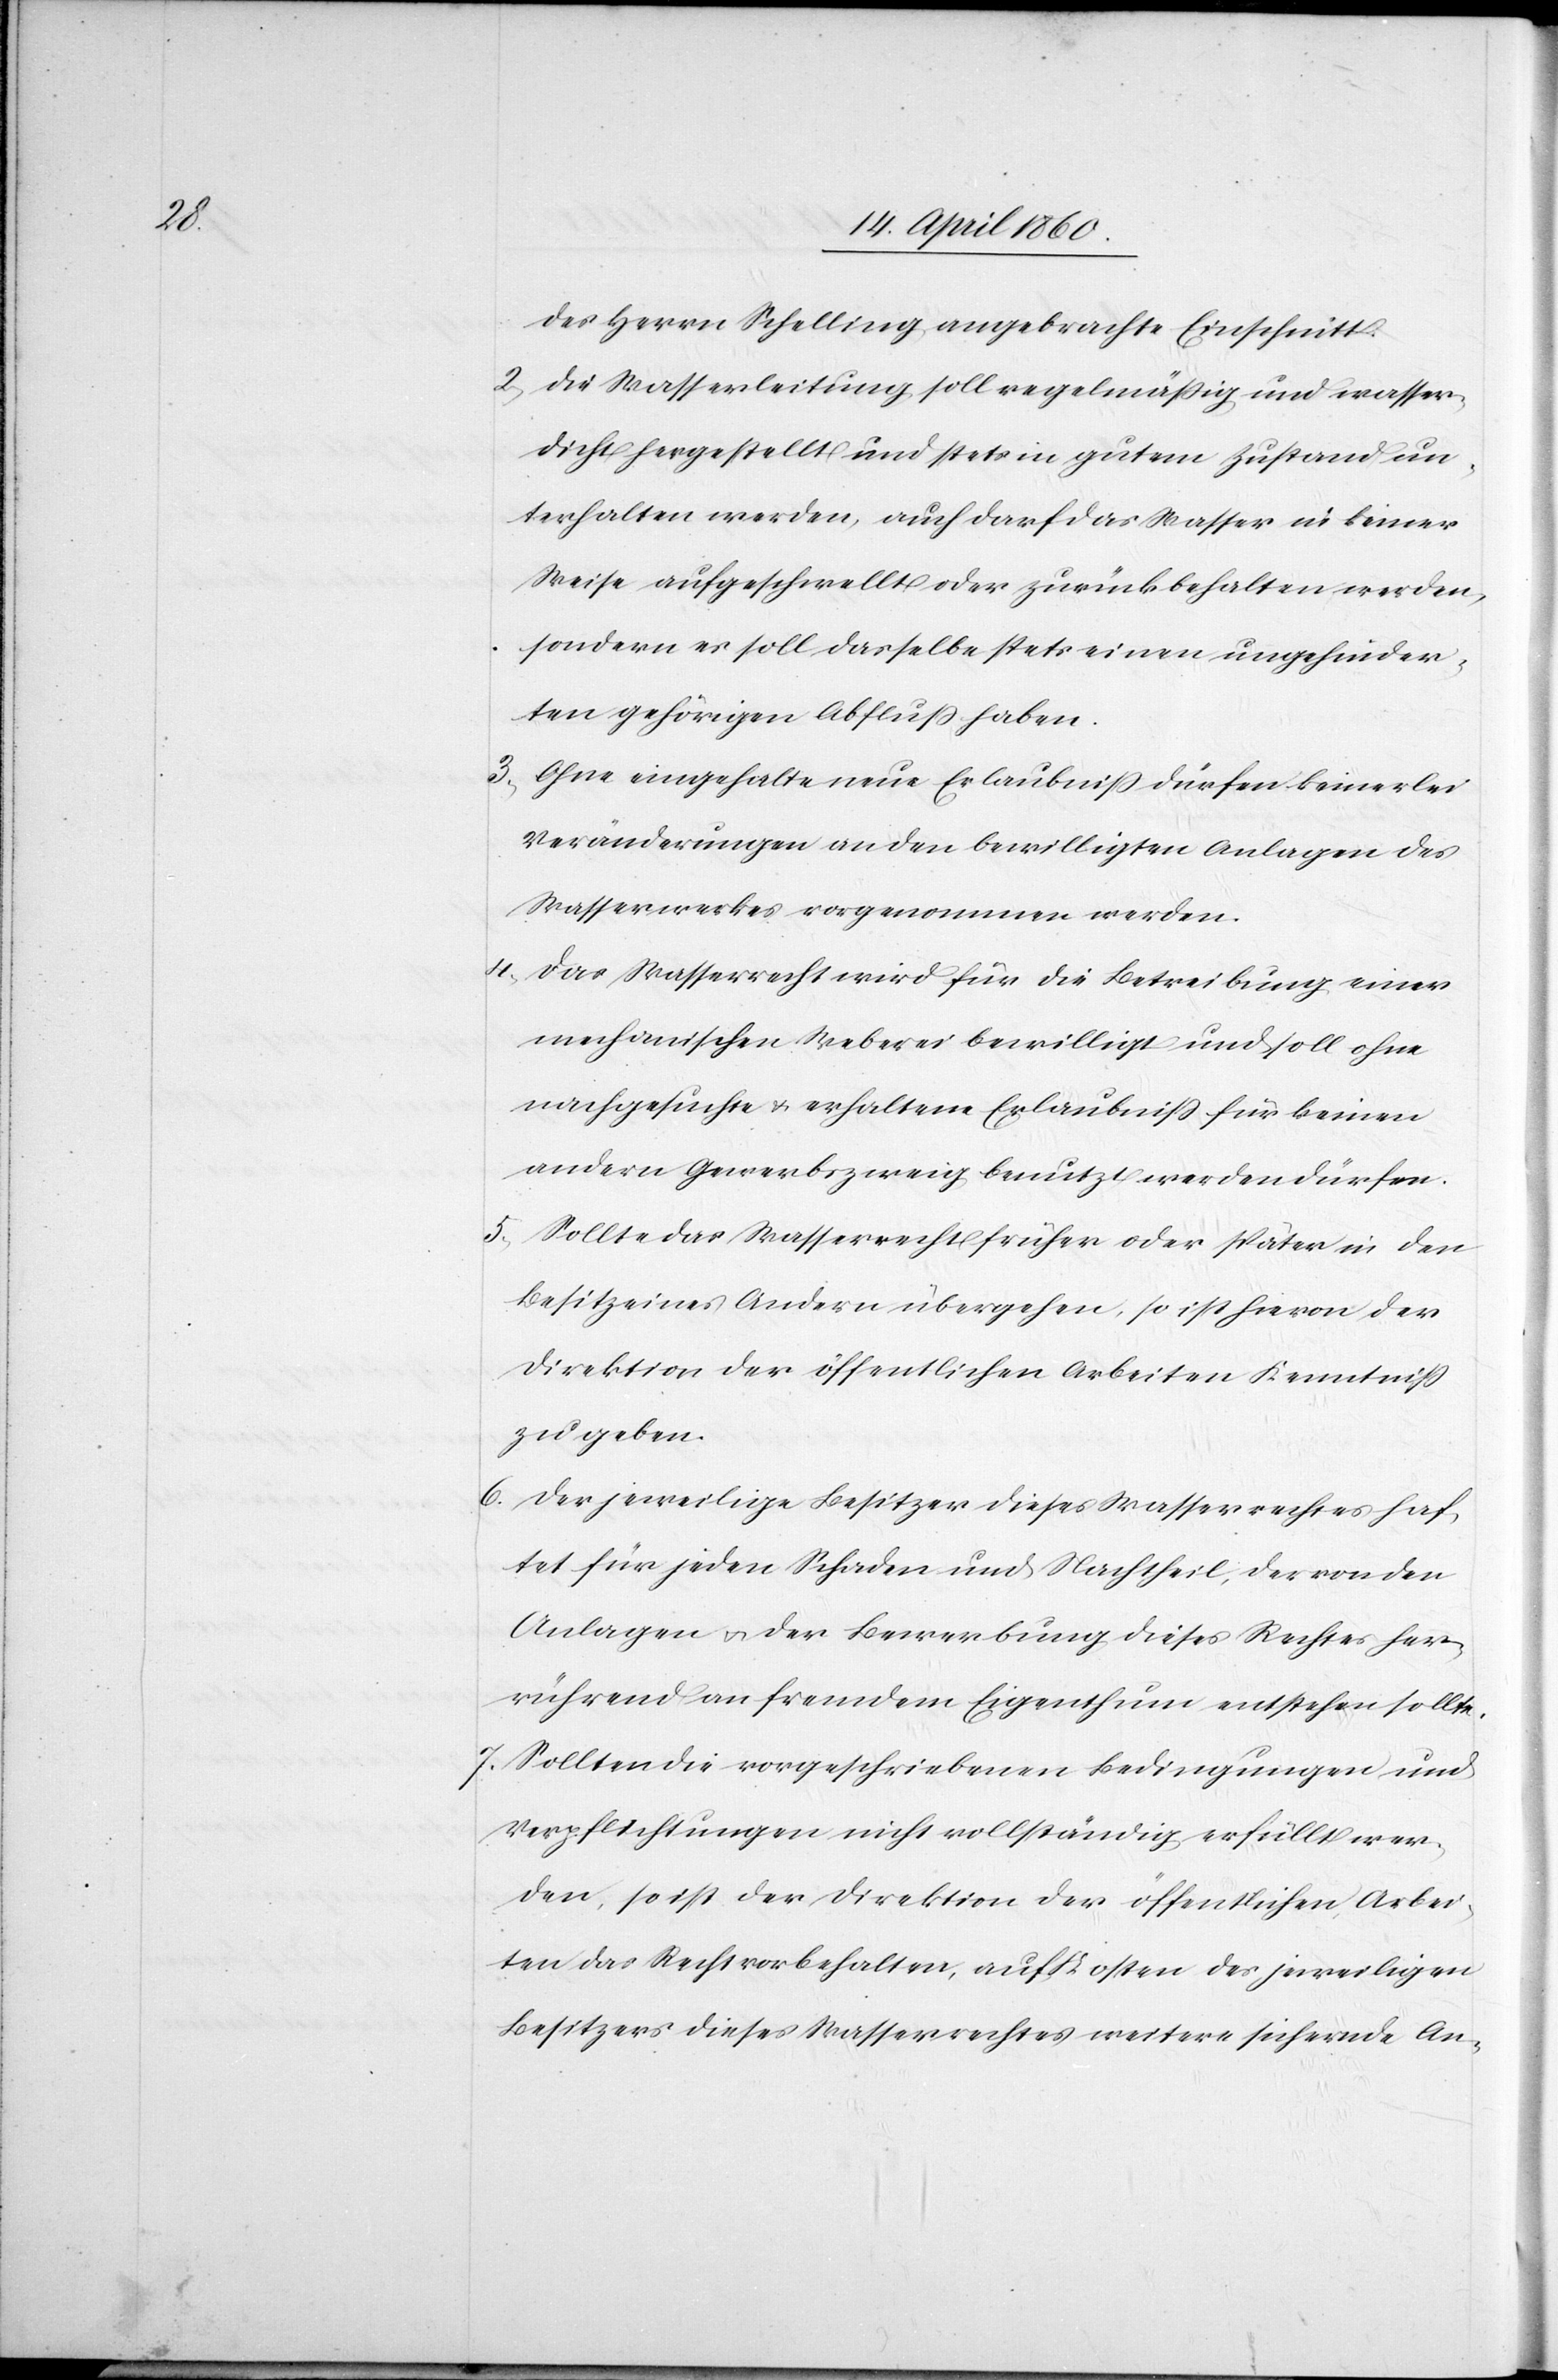
des Herrn Schelling angebrachte Einschnitt.
2. Die Wasserleitung soll regelmäßig und wasser¬
dicht hergestellt und stets in gutem Zustand un¬
terhalten werden, auch darf das Wasser in keiner
Weise aufgeschwellt oder zurückgehalten werden,
sondern es soll dasselbe stets einen ungehinder¬
ten gehörigen Abfluß haben.
3. Ohne eingeholte neue Erlaubniss dürfen keinerlei
Veränderungen an den bewilligten Anlagen des
Wasserwerkes vorgenommen werden.
4. Das Wasserrecht wird für die Betreibung einer
mechanischen Weberei bewilligt und soll ohne
nachgesuchte u. erhaltene Erlaubniss für keinen
andern Gewerbszweig benutzt werden dürfen.
5. Sollte das Wasserrecht früher oder später in den
Besitz eines Andern übergehen, so ist hievon der
Direktion der öffentlichen Arbeiten Kenntniss
zu geben.
6. Der jeweilige Besitzer dieses Wasserrechtes haf¬
tet für jeden Schaden und Nachtheil, der von den
Anlagen u. der Bewerbung dieses Rechtes her¬
rührend an fremdem Eigenthum entstehen sollte.
7. Sollten die vorgeschriebenen Bedingungen und
Verpflichtungen nicht vollständig erfüllt wer¬
den, so ist der Direktion der öffentlichen Arbei¬
ten das Recht vorbehalten, auf Kosten des jeweiligen
Besitzers dieses Wasserrechtes weitere sichernde An-